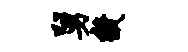
舅畿